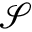
\mathcal { S }